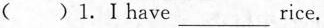
（）1. I have___rice.